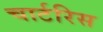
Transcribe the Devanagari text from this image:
चार्टरिस